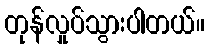
တုန်လှုပ်သွားပါတယ်။